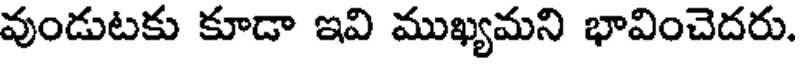
వుండుటకు కూడా ఇవి ముఖ్యమని భావించెదరు.